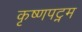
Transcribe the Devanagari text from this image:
कृष्णपट्नम